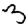
Digit: 3